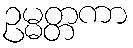
ဥမ္မတ္တကာ